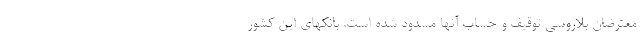
معترضان بلاروسی توقیف و حساب آنها مسدود شده است. بانکهای این کشور